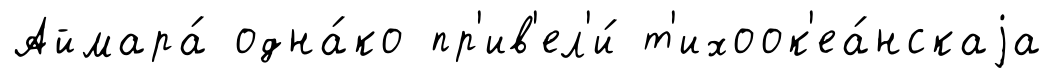
Аймара́ одна́ко пр'ив'ел'и́ т'ихоок'еа́нскаjа